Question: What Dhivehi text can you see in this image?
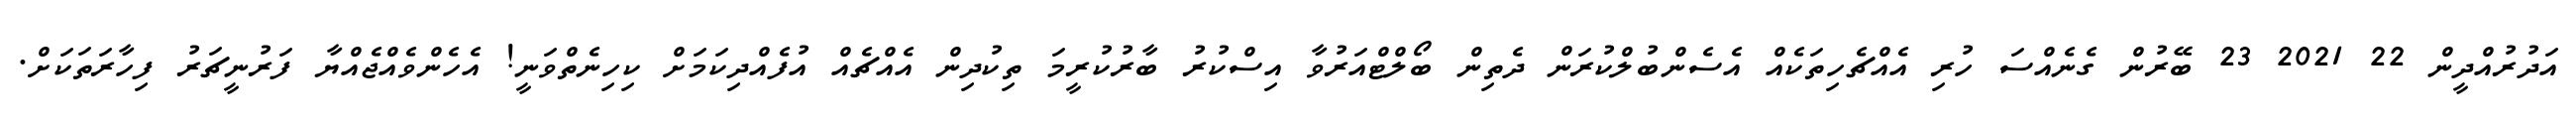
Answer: އަދުރުއްދީން 22 2021 23 ބޭރުން ގެނެއްސަ ހުރި އެއްޗެހިތަކެއް އެސެންބުލްކުރަން ދެތިން ބޯލްޓްއަރުވާ އިސްކުރު ބާރުކުރީމަ ތިކުދިން އެއްޗެއް އުފެއްދިކަމަށް ކިހިނެތްވަނީ! އެހެންވެއްޖެއްޔާ ފަރުނީޗަރު ފިހާރަތަކަށް.